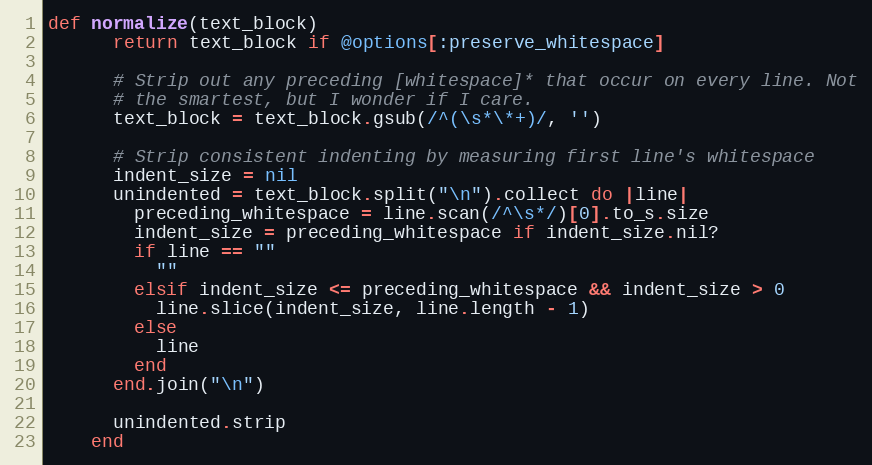
Language: Ruby
def normalize(text_block)
      return text_block if @options[:preserve_whitespace]

      # Strip out any preceding [whitespace]* that occur on every line. Not
      # the smartest, but I wonder if I care.
      text_block = text_block.gsub(/^(\s*\*+)/, '')

      # Strip consistent indenting by measuring first line's whitespace
      indent_size = nil
      unindented = text_block.split("\n").collect do |line|
        preceding_whitespace = line.scan(/^\s*/)[0].to_s.size
        indent_size = preceding_whitespace if indent_size.nil?
        if line == ""
          ""
        elsif indent_size <= preceding_whitespace && indent_size > 0
          line.slice(indent_size, line.length - 1)
        else
          line
        end
      end.join("\n")

      unindented.strip
    end